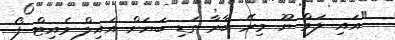
"އައި ލަވް ޔޫ މިރޭ ބާރާ ގަޑި ބަޔަށް އައިލް ވެއިޓް ފޯ